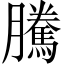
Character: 騰